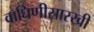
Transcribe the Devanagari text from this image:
वाघिणीसारखी